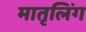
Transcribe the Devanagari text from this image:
मातृलिंग